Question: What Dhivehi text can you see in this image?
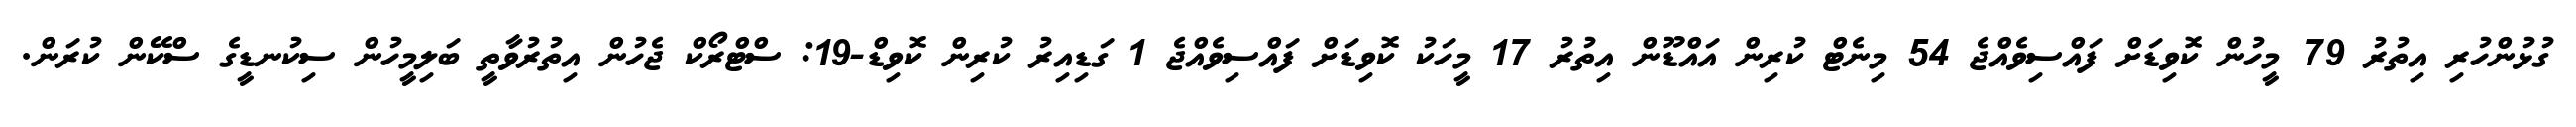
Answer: ގުޅުންހުރި އިތުރު 79 މީހުން ކޮވިޑަށް ފައްސިވެއްޖެ 54 މިނެޓް ކުރިން އައްޑޫން އިތުރު 17 މީހަކު ކޮވިޑަށް ފައްސިވެއްޖެ 1 ގަޑިއިރު ކުރިން ކޮވިޑް-19: ސްޓްރޯކް ޖެހުން އިތުރުވާތީ ބަލިމީހުން ސިކުނޑީގެ ސްކޭން ކުރަން.